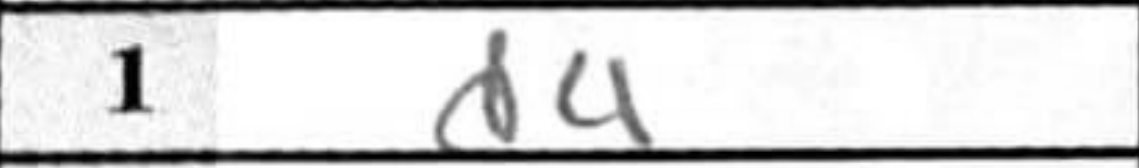
Transcription: d4